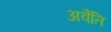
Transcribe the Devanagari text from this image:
अवैति